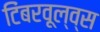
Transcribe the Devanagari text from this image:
टिंबरवूल्व्स